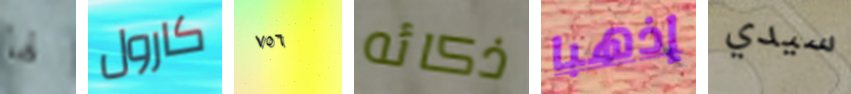
لها كارول ٧٥٦ ذكائه إذهبا سيدي